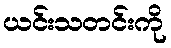
ယင်းသတင်းကို